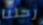
رحلنا